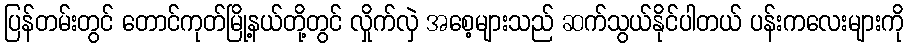
ပြန်တမ်းတွင် တောင်ကုတ်မြို့နယ်တို့တွင် လှိုက်လှဲ အစေ့များသည် ဆက်သွယ်နိုင်ပါတယ် ပန်းကလေးများကို